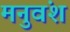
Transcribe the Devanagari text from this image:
मनुवंश